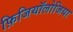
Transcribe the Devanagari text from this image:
फ़िजियॉलोजिया